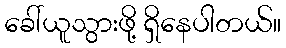
ခေါ်ယူသွားဖို့ ရှိနေပါတယ်။